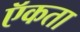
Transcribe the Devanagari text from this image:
ऍकता